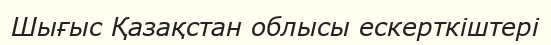
Шығыс Қазақстан облысы ескерткіштері